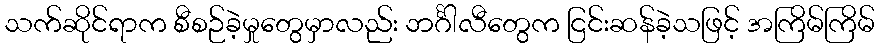
သက်ဆိုင်ရာက စီစဉ်ခဲ့မှုတွေမှာလည်း ဘင်္ဂါလီတွေက ငြင်းဆန်ခဲ့သဖြင့် အကြိမ်ကြိမ်